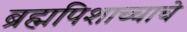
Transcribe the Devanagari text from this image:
ब्रह्मपिशाच्चाचे